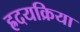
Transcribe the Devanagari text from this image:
ह्रदयक्रिया